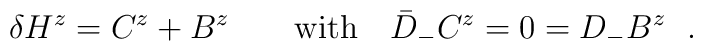
\delta H^z  =  C^z + B^z\qquad  {\rm with} \quad\bar{D} _- C^z = 0=D_- B^z\ \ .